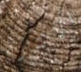
الاثارة